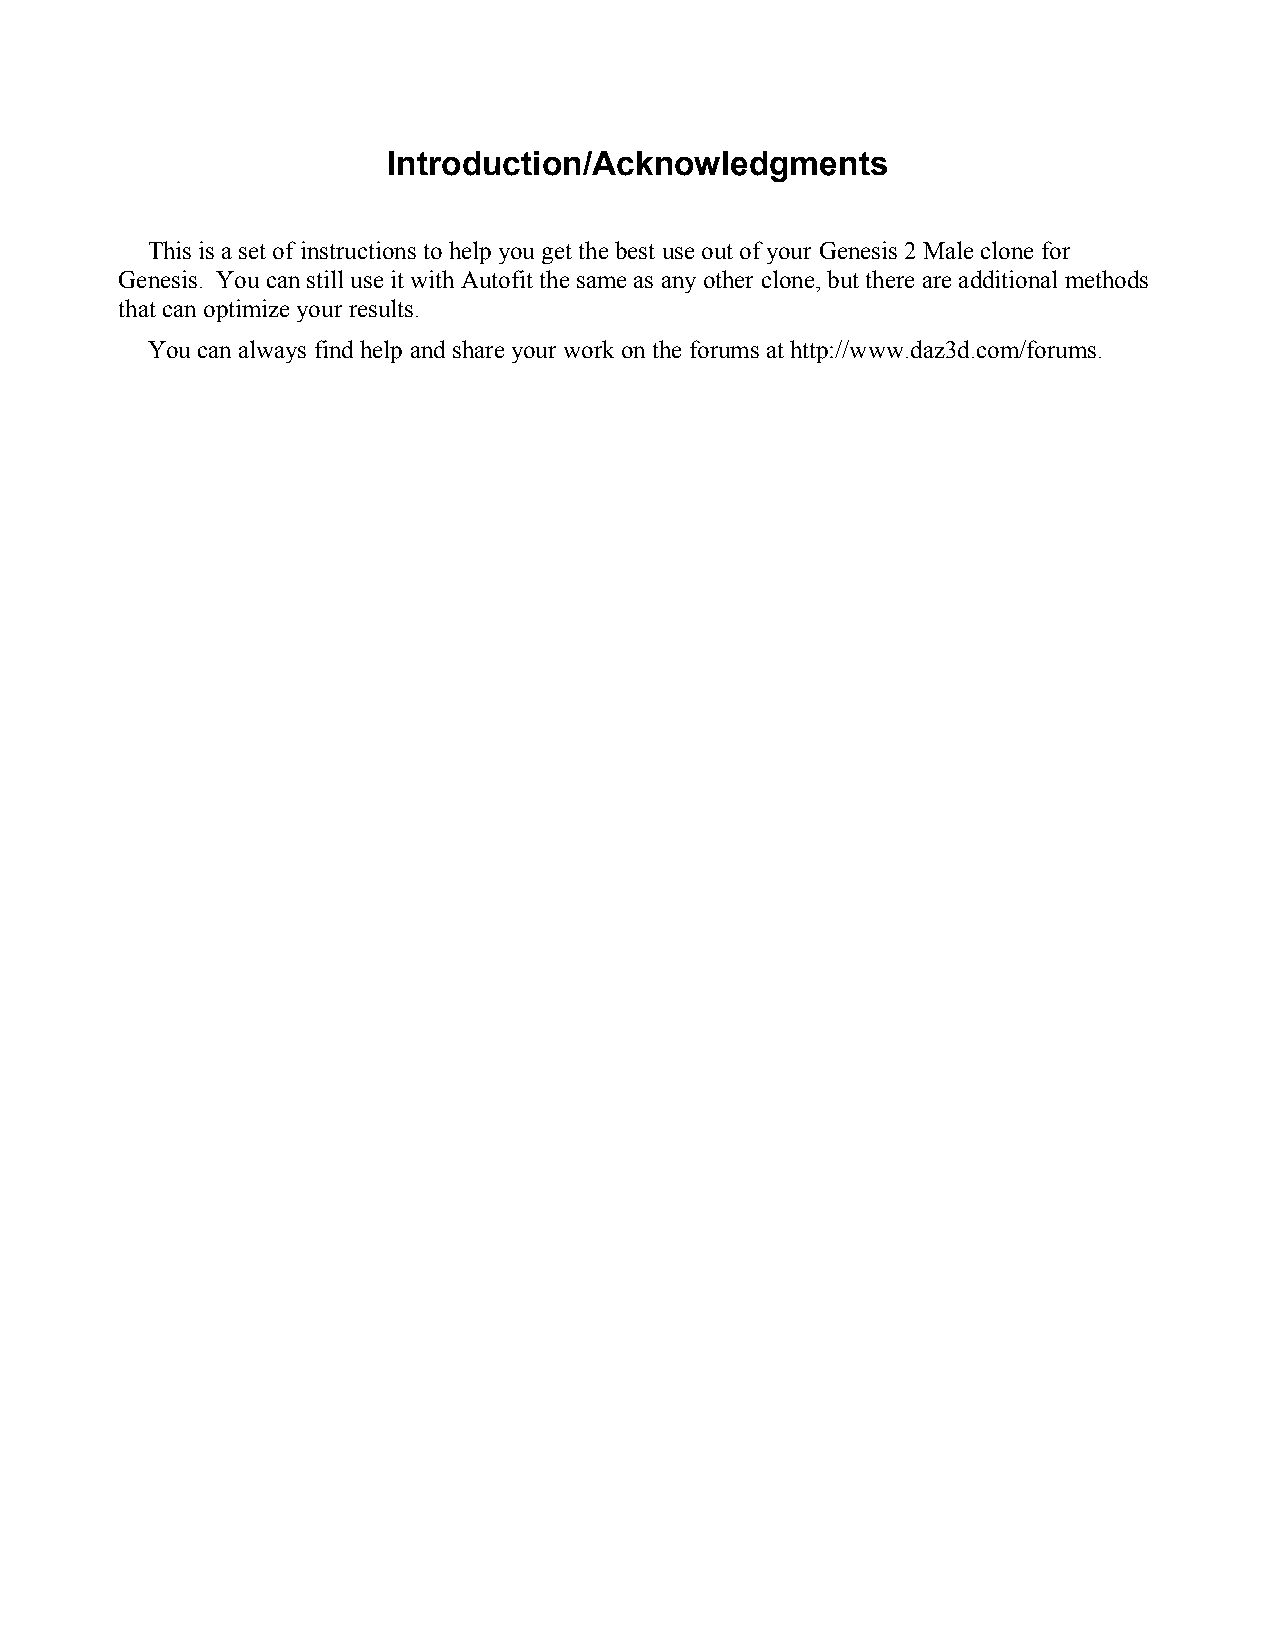
Introduction/Acknowledgments
 This is a set of instructions to help you get the best use out of your Genesis 2 Male clone for
 Genesis. You can still use it with Autofit the same as any other clone, but there are additional methods
 that can optimize your results.
 You can always find help and share your work on the forums at http://www.daz3d.com/forums.